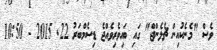
ވެސް "މެނެކުއިން ޗެލެންޖް" ގައި ބައިވެރިވެއްޖެ ޑިސެމްބަރު 22